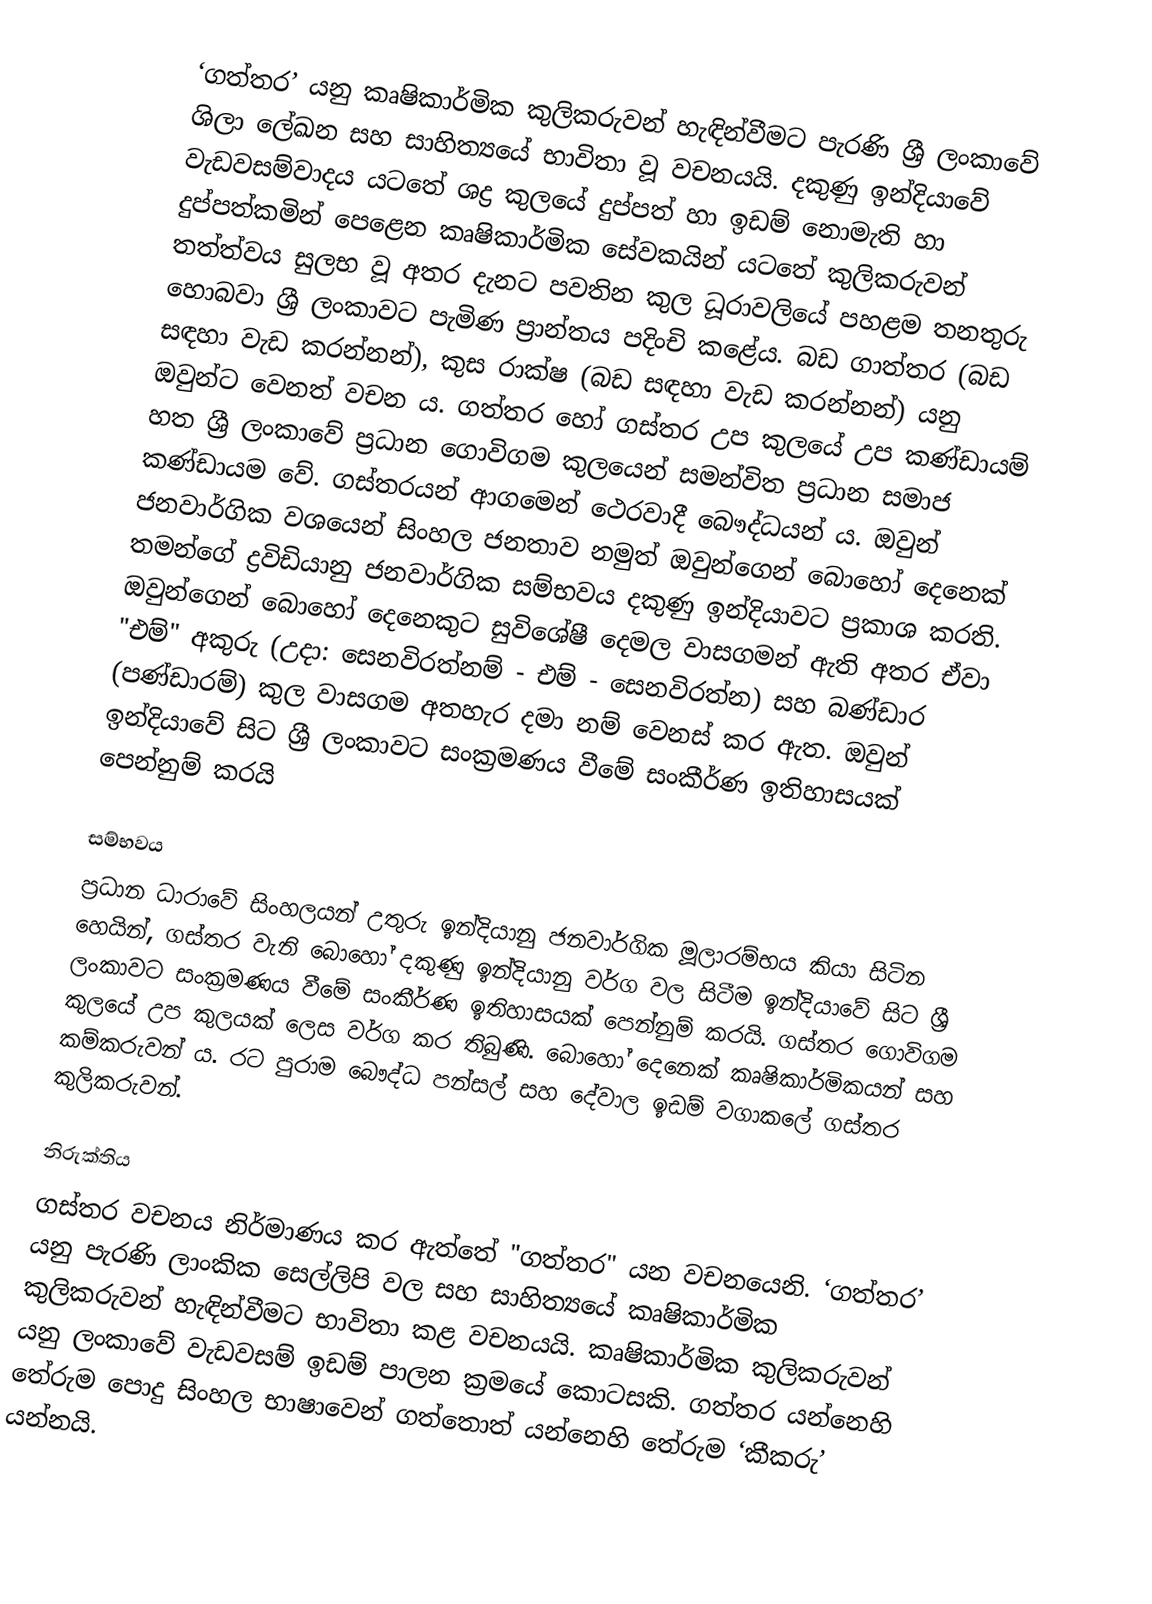
‘ගත්තර’ යනු කෘෂිකාර්මික කුලිකරුවන් හැඳින්වීමට පැරණි ශ්‍රී ලංකාවේ ශිලා ලේඛන සහ සාහිත්‍යයේ භාවිතා වූ වචනයයි. දකුණු ඉන්දියාවේ වැඩවසම්වාදය යටතේ ශද්‍ර කුලයේ දුප්පත් හා ඉඩම් නොමැති හා දුප්පත්කමින් පෙළෙන කෘෂිකාර්මික සේවකයින් යටතේ කුලිකරුවන් තත්ත්වය සුලභ වූ අතර දැනට පවතින කුල ධූරාවලියේ පහළම තනතුරු හොබවා ශ්‍රී ලංකාවට පැමිණ ප්‍රාන්තය පදිංචි කළේය. බඩ ගාත්තර (බඩ සඳහා වැඩ කරන්නන්), කුස රාක්ෂ (බඩ සඳහා වැඩ කරන්නන්) යනු ඔවුන්ට වෙනත් වචන ය. ගත්තර හෝ ගස්තර උප කුලයේ උප කණ්ඩායම් හත ශ්‍රී ලංකාවේ ප්‍රධාන ගොවිගම කුලයෙන් සමන්විත ප්‍රධාන සමාජ කණ්ඩායම වේ.   ගස්තරයන් ආගමෙන් ථෙරවාදී බෞද්ධයන් ය. ඔවුන් ජනවාර්ගික වශයෙන් සිංහල ජනතාව නමුත් ඔවුන්ගෙන් බොහෝ දෙනෙක් තමන්ගේ ද්‍රවිඩියානු ජනවාර්ගික සම්භවය දකුණු ඉන්දියාවට ප්‍රකාශ කරති. ඔවුන්ගෙන් බොහෝ දෙනෙකුට සුවිශේෂී දෙමල වාසගමන් ඇති අතර ඒවා "එම්" අකුරු (උදා: සෙනවිරත්නම් - එම් - සෙනවිරත්න) සහ බණ්ඩාර (පණ්ඩාරම්) කුල වාසගම අතහැර දමා නම් වෙනස් කර ඇත. ඔවුන් ඉන්දියාවේ සිට ශ්‍රී ලංකාවට සංක්‍රමණය වීමේ සංකීර්ණ ඉතිහාසයක් පෙන්නුම් කරයි

සම්භවය
ප්‍රධාන ධාරාවේ සිංහලයන් උතුරු ඉන්දියානු ජනවාර්ගික මූලාරම්භය කියා සිටින හෙයින්, ගස්තර වැනි බොහෝ දකුණු ඉන්දියානු වර්ග වල සිටීම ඉන්දියාවේ සිට ශ්‍රී ලංකාවට සංක්‍රමණය වීමේ සංකීර්ණ ඉතිහාසයක් පෙන්නුම් කරයි. ගස්තර ගොවිගම කුලයේ උප කුලයක් ලෙස වර්ග කර තිබුණි. බොහෝ දෙනෙක් කෘෂිකාර්මිකයන් සහ කම්කරුවන් ය.   රට පුරාම  බෞද්ධ පන්සල් සහ දේවාල ඉඩම් වගාකලේ ගස්තර කුලිකරුවන්.

නිරුක්තිය
ගස්තර වචනය නිර්මාණය කර ඇත්තේ "ගත්තර" යන වචනයෙනි. ‘ගත්තර’ යනු පැරණි ලාංකික සෙල්ලිපි වල සහ සාහිත්‍යයේ කෘෂිකාර්මික කුලිකරුවන් හැඳින්වීමට භාවිතා කළ වචනයයි. කෘෂිකාර්මික කුලිකරුවන් යනු ලංකාවේ වැඩවසම් ඉඩම් පාලන ක්‍රමයේ කොටසකි.    ගත්තර යන්නෙහි තේරුම පොදු සිංහල භාෂාවෙන් ගත්තොත් යන්නෙහි තේරුම ‘කීකරු’ යන්නයි.